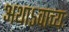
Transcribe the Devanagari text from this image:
अथाऽवाच्यः